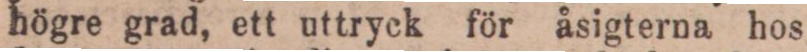
högre grad, ett uttryck för åsigterna hos